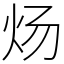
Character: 炀